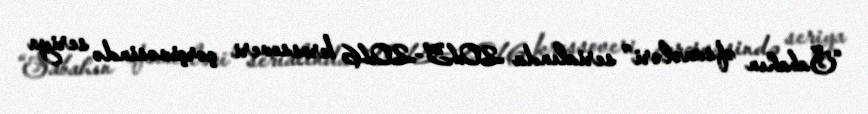
“Sabahın əfsanələri” serialında 2015-2016 krossoveri çərçivəsində seriya